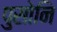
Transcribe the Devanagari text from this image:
पुसोनि